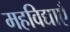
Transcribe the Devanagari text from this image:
महविद्याएँ